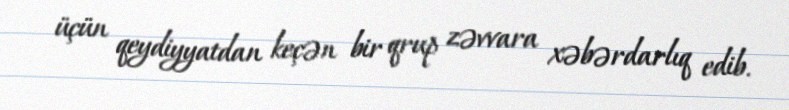
üçün qeydiyyatdan keçən bir qrup zəvvara xəbərdarlıq edib.